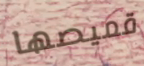
قميصها